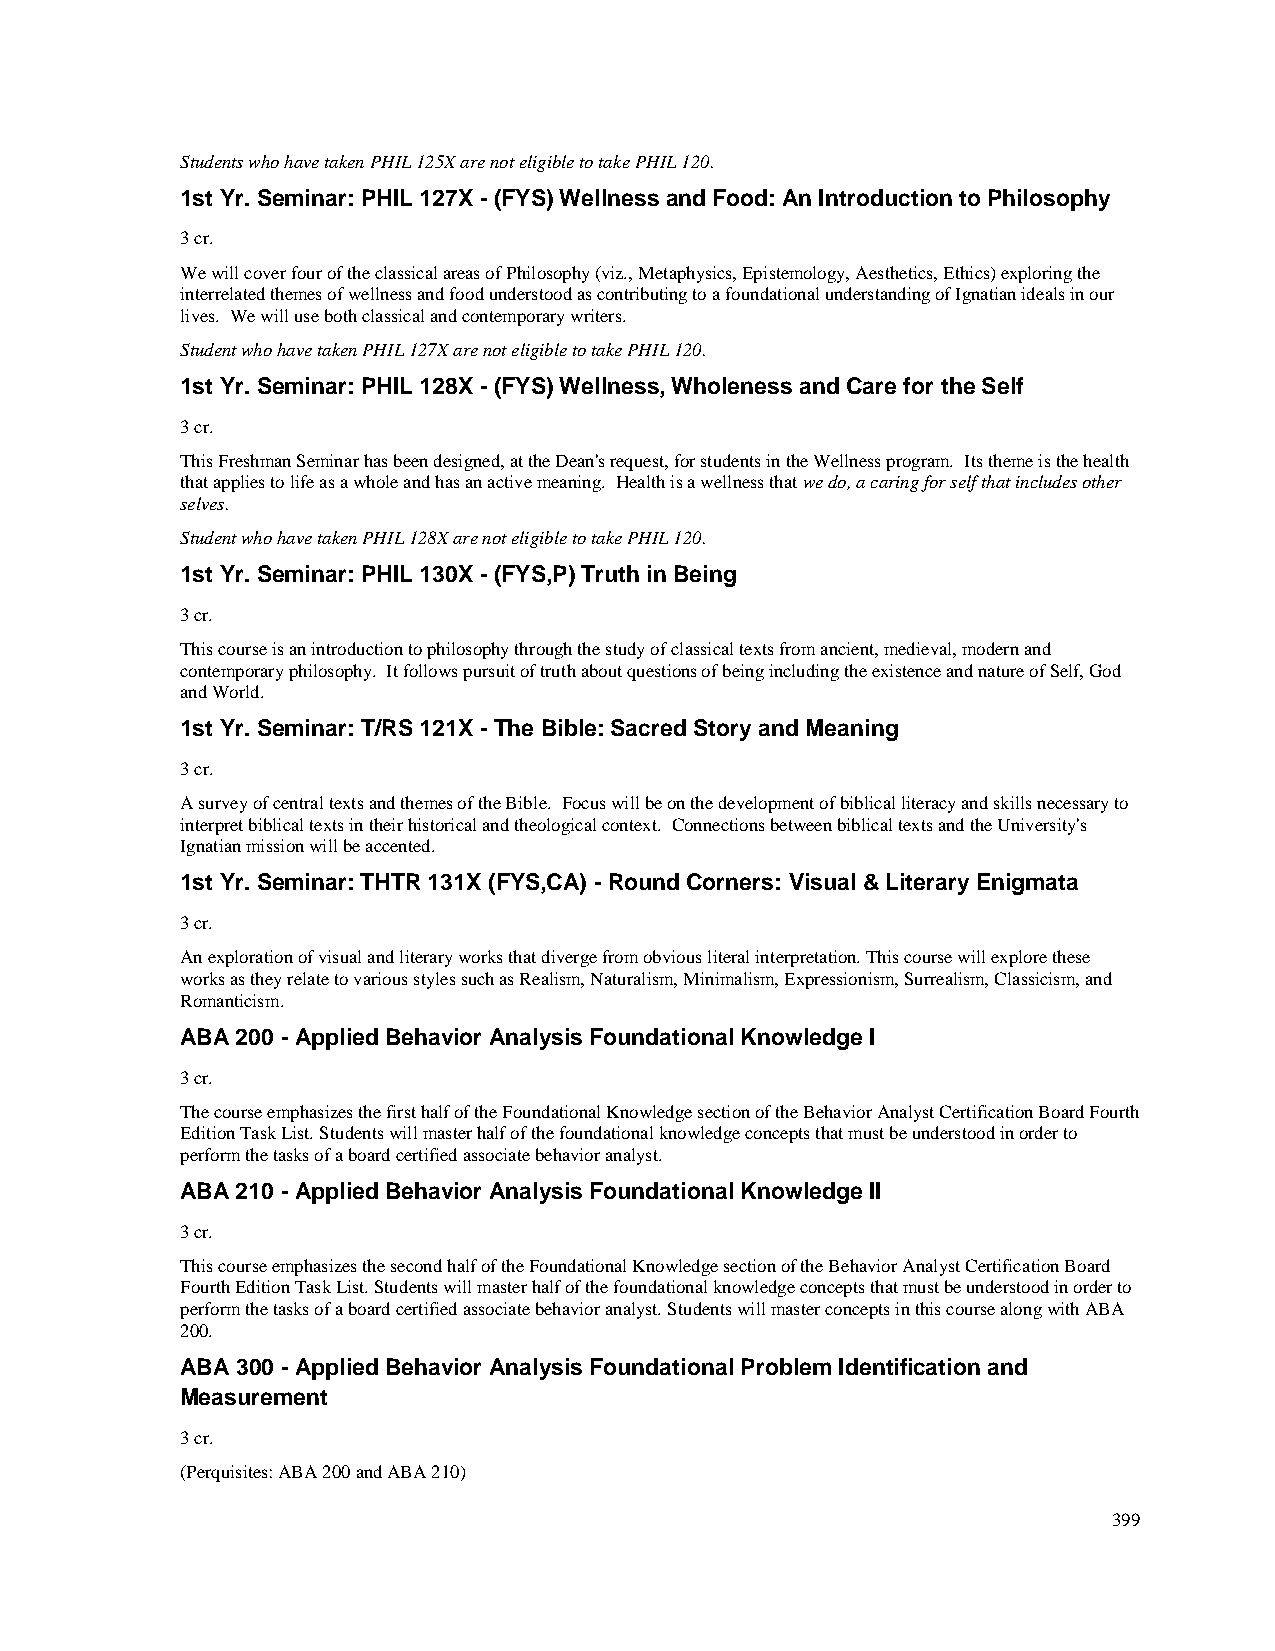
Students who have taken PHIL 125X are not eligible to take PHIL 120.
 1st Yr. Seminar: PHIL 127X - (FYS) Wellness and Food: An Introduction to Philosophy
 3 cr.
 We will cover four of the classical areas of Philosophy (viz., Metaphysics, Epistemology, Aesthetics, Ethics) exploring the
 interrelated themes of wellness and food understood as contributing to a foundational understanding of Ignatian ideals in our
 lives. We will use both classical and contemporary writers.
 Student who have taken PHIL 127X are not eligible to take PHIL 120.
 1st Yr. Seminar: PHIL 128X - (FYS) Wellness, Wholeness and Care for the Self
 3 cr.
 This Freshman Seminar has been designed, at the Dean's request, for students in the Wellness program. Its theme is the health
 that applies to life as a whole and has an active meaning. Health is a wellness that we do, a caring for self that includes other
 selves.
 Student who have taken PHIL 128X are not eligible to take PHIL 120.
 1st Yr. Seminar: PHIL 130X - (FYS,P) Truth in Being
 3 cr.
 This course is an introduction to philosophy through the study of classical texts from ancient, medieval, modern and
 contemporary philosophy. It follows pursuit of truth about questions of being including the existence and nature of Self, God
 and World.
 1st Yr. Seminar: T/RS 121X - The Bible: Sacred Story and Meaning
 3 cr.
 A survey of central texts and themes of the Bible. Focus will be on the development of biblical literacy and skills necessary to
 interpret biblical texts in their historical and theological context. Connections between biblical texts and the University's
 Ignatian mission will be accented.
 1st Yr. Seminar: THTR 131X (FYS,CA) - Round Corners: Visual & Literary Enigmata
 3 cr.
 An exploration of visual and literary works that diverge from obvious literal interpretation. This course will explore these
 works as they relate to various styles such as Realism, Naturalism, Minimalism, Expressionism, Surrealism, Classicism, and
 Romanticism.
 ABA 200 - Applied Behavior Analysis Foundational Knowledge I
 3 cr.
 The course emphasizes the first half of the Foundational Knowledge section of the Behavior Analyst Certification Board Fourth
 Edition Task List. Students will master half of the foundational knowledge concepts that must be understood in order to
 perform the tasks of a board certified associate behavior analyst.
 ABA 210 - Applied Behavior Analysis Foundational Knowledge II
 3 cr.
 This course emphasizes the second half of the Foundational Knowledge section of the Behavior Analyst Certification Board
 Fourth Edition Task List. Students will master half of the foundational knowledge concepts that must be understood in order to
 perform the tasks of a board certified associate behavior analyst. Students will master concepts in this course along with ABA
 200.
 ABA 300 - Applied Behavior Analysis Foundational Problem Identification and
 Measurement
 3 cr.
 (Perquisites: ABA 200 and ABA 210)
 399